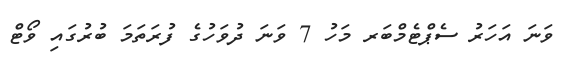
ވަނަ އަހަރު ސެޕްޓެމްބަރ މަހު 7 ވަނަ ދުވަހުގެ ފުރަތަމަ ބުރުގައި ވޯޓް